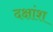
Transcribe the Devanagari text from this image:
दक्षांश